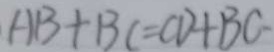
A B + B C = C D + B C .